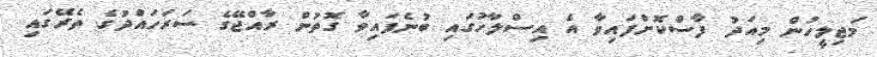
މަޖިލީހުން މިއަދު ފާސްކޮށްފައިވާ އެ އިސްލާހުގައި ބުނެފައިވާ ގޮތުން ރާއްޖޭގެ ސަރަހައްދުގެ ތެރޭގައި